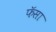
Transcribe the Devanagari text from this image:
फॅसा